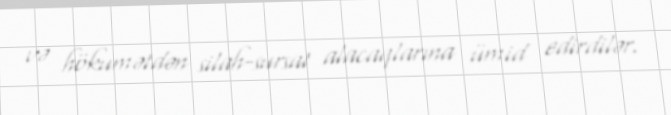
və hökumətdən silah-sursat alacaqlarına ümid edirdilər.